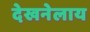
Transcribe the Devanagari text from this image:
देखनेलाय